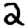
Digit: 2